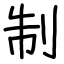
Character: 制